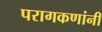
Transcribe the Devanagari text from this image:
परागकणांनी